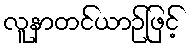
လူနာတင်ယာဉ်ဖြင့်